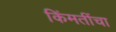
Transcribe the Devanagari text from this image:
किंमतींचा